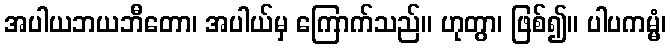
အပါယဘယဘီတော၊ အပါယ်မှ ကြောက်သည်။ ဟုတွာ၊ ဖြစ်၍။ ပါပကမ္မံ၊